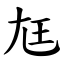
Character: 尪